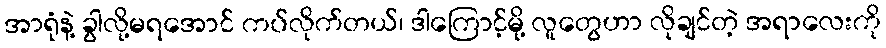
အာရုံနဲ့ ခွါလို့မရအောင် ကပ်လိုက်တယ်၊ ဒါကြောင့်မို့ လူတွေဟာ လိုချင်တဲ့ အရာလေးကို